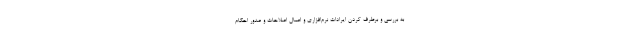
به بررسی و برطرف کردن ایرادات نرم‌افزاری و اعمال اصلاحات و صدور احکام